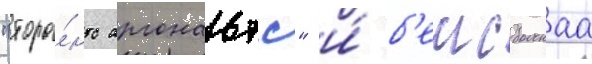
"торо́нто аргонавтс" и́ б'еисбольнаа